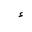
Letter: _hamza